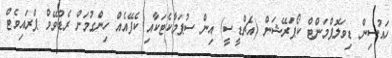
ހައުސިން ޑިވަލޮޕްމަންޓް ކޯޕަރޭޝަން (އެޗްޑީސީ) އިން ސުޕަމާކެޓަކާއި ކެފޭއެއް ހިންގުމަށް ރެޑްވޭވް ޕްރައިވެޓް